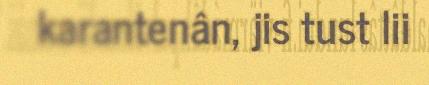
karantenân, jis tust lii